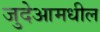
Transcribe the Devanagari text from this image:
जुदेआमधील